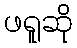
ဖရူဆို